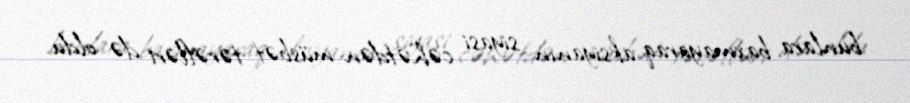
bunlara baxmayaraq aksiyanın siyasi cəhətdən müsbət tərəfləri də oldu.